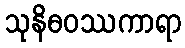
သုနိဓဝဿကာရာ